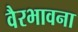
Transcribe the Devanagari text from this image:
वैरभावना